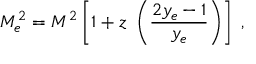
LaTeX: M _ { e } ^ { 2 } = M ^ { 2 } \left[ 1 + z ~ \left( { \frac { 2 y _ { e } - 1 } { y _ { e } } } \right) \right] \; ,